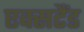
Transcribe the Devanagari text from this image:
एक्सटैंड